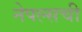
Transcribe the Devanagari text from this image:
नेपल्सची